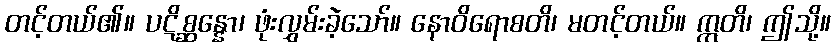
တင့်တယ်၏။ ပဋိစ္ဆန္နော၊ ဖုံးလွှမ်းခဲ့သော်။ နောဝိရောစတိ၊ မတင့်တယ်။ ဣတိ၊ ဤသို့။